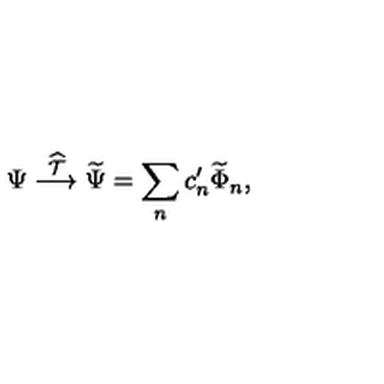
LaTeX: \Psi \stackrel { \widehat { \cal T } } { \longrightarrow } \widetilde \Psi = \sum _ { n } c _ { n } ^ { \prime } \widetilde \Phi _ { n } ,